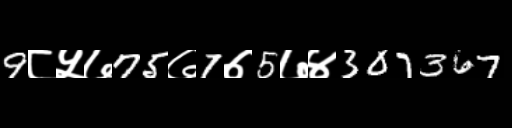
Text: 9८५७75७7७5७४307367